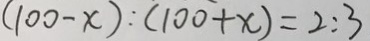
( 1 0 0 - x ) : ( 1 0 0 + x ) = 2 : 3